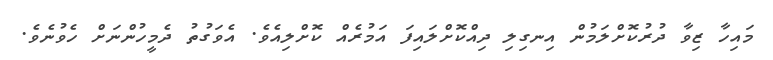
މައިހާ ޒިވާ ދުރުކޮށްލަމުން އިނގިލި ދިއްކޮށްލައިފަ އަމުރެއް ކޮށްލިއެވެ. އެވަގުތު ދެމީހުންނަށް ހެވުނެވެ.